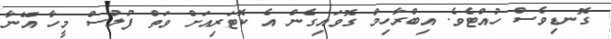
ގޮނޑިވެސް ހުއްޓެވެ. އިބްރާހިމް ގޮވައިގެން އެ ކޮޓަރިއަށް ވަތް ފުލުސް މީހާ އޭނާ